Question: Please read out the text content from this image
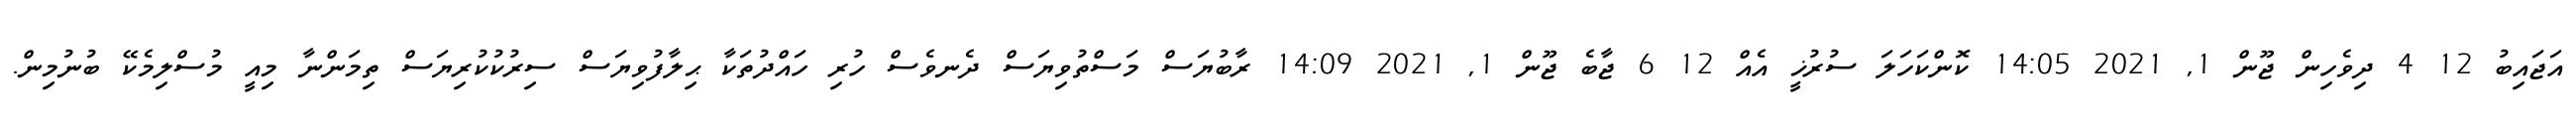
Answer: އަޖައިބު 12 4 ދިވެހިން ޖޫން 1, 2021 14:05 ކޮންކަހަލަ ސުރުޚީ އެއް 12 6 ޖާބެ ޖޫން 1, 2021 14:09 ރާބުޔަސް މަސްތުވިޔަސް ދެނވެސް ހުރި ހައްދުތަކާ ޙިލާފުވިޔަސް ސިރުކުކުރިޔަސް ތިމަންނާ މިއީ މުސްލިމެކޭ ބުނުމިން.